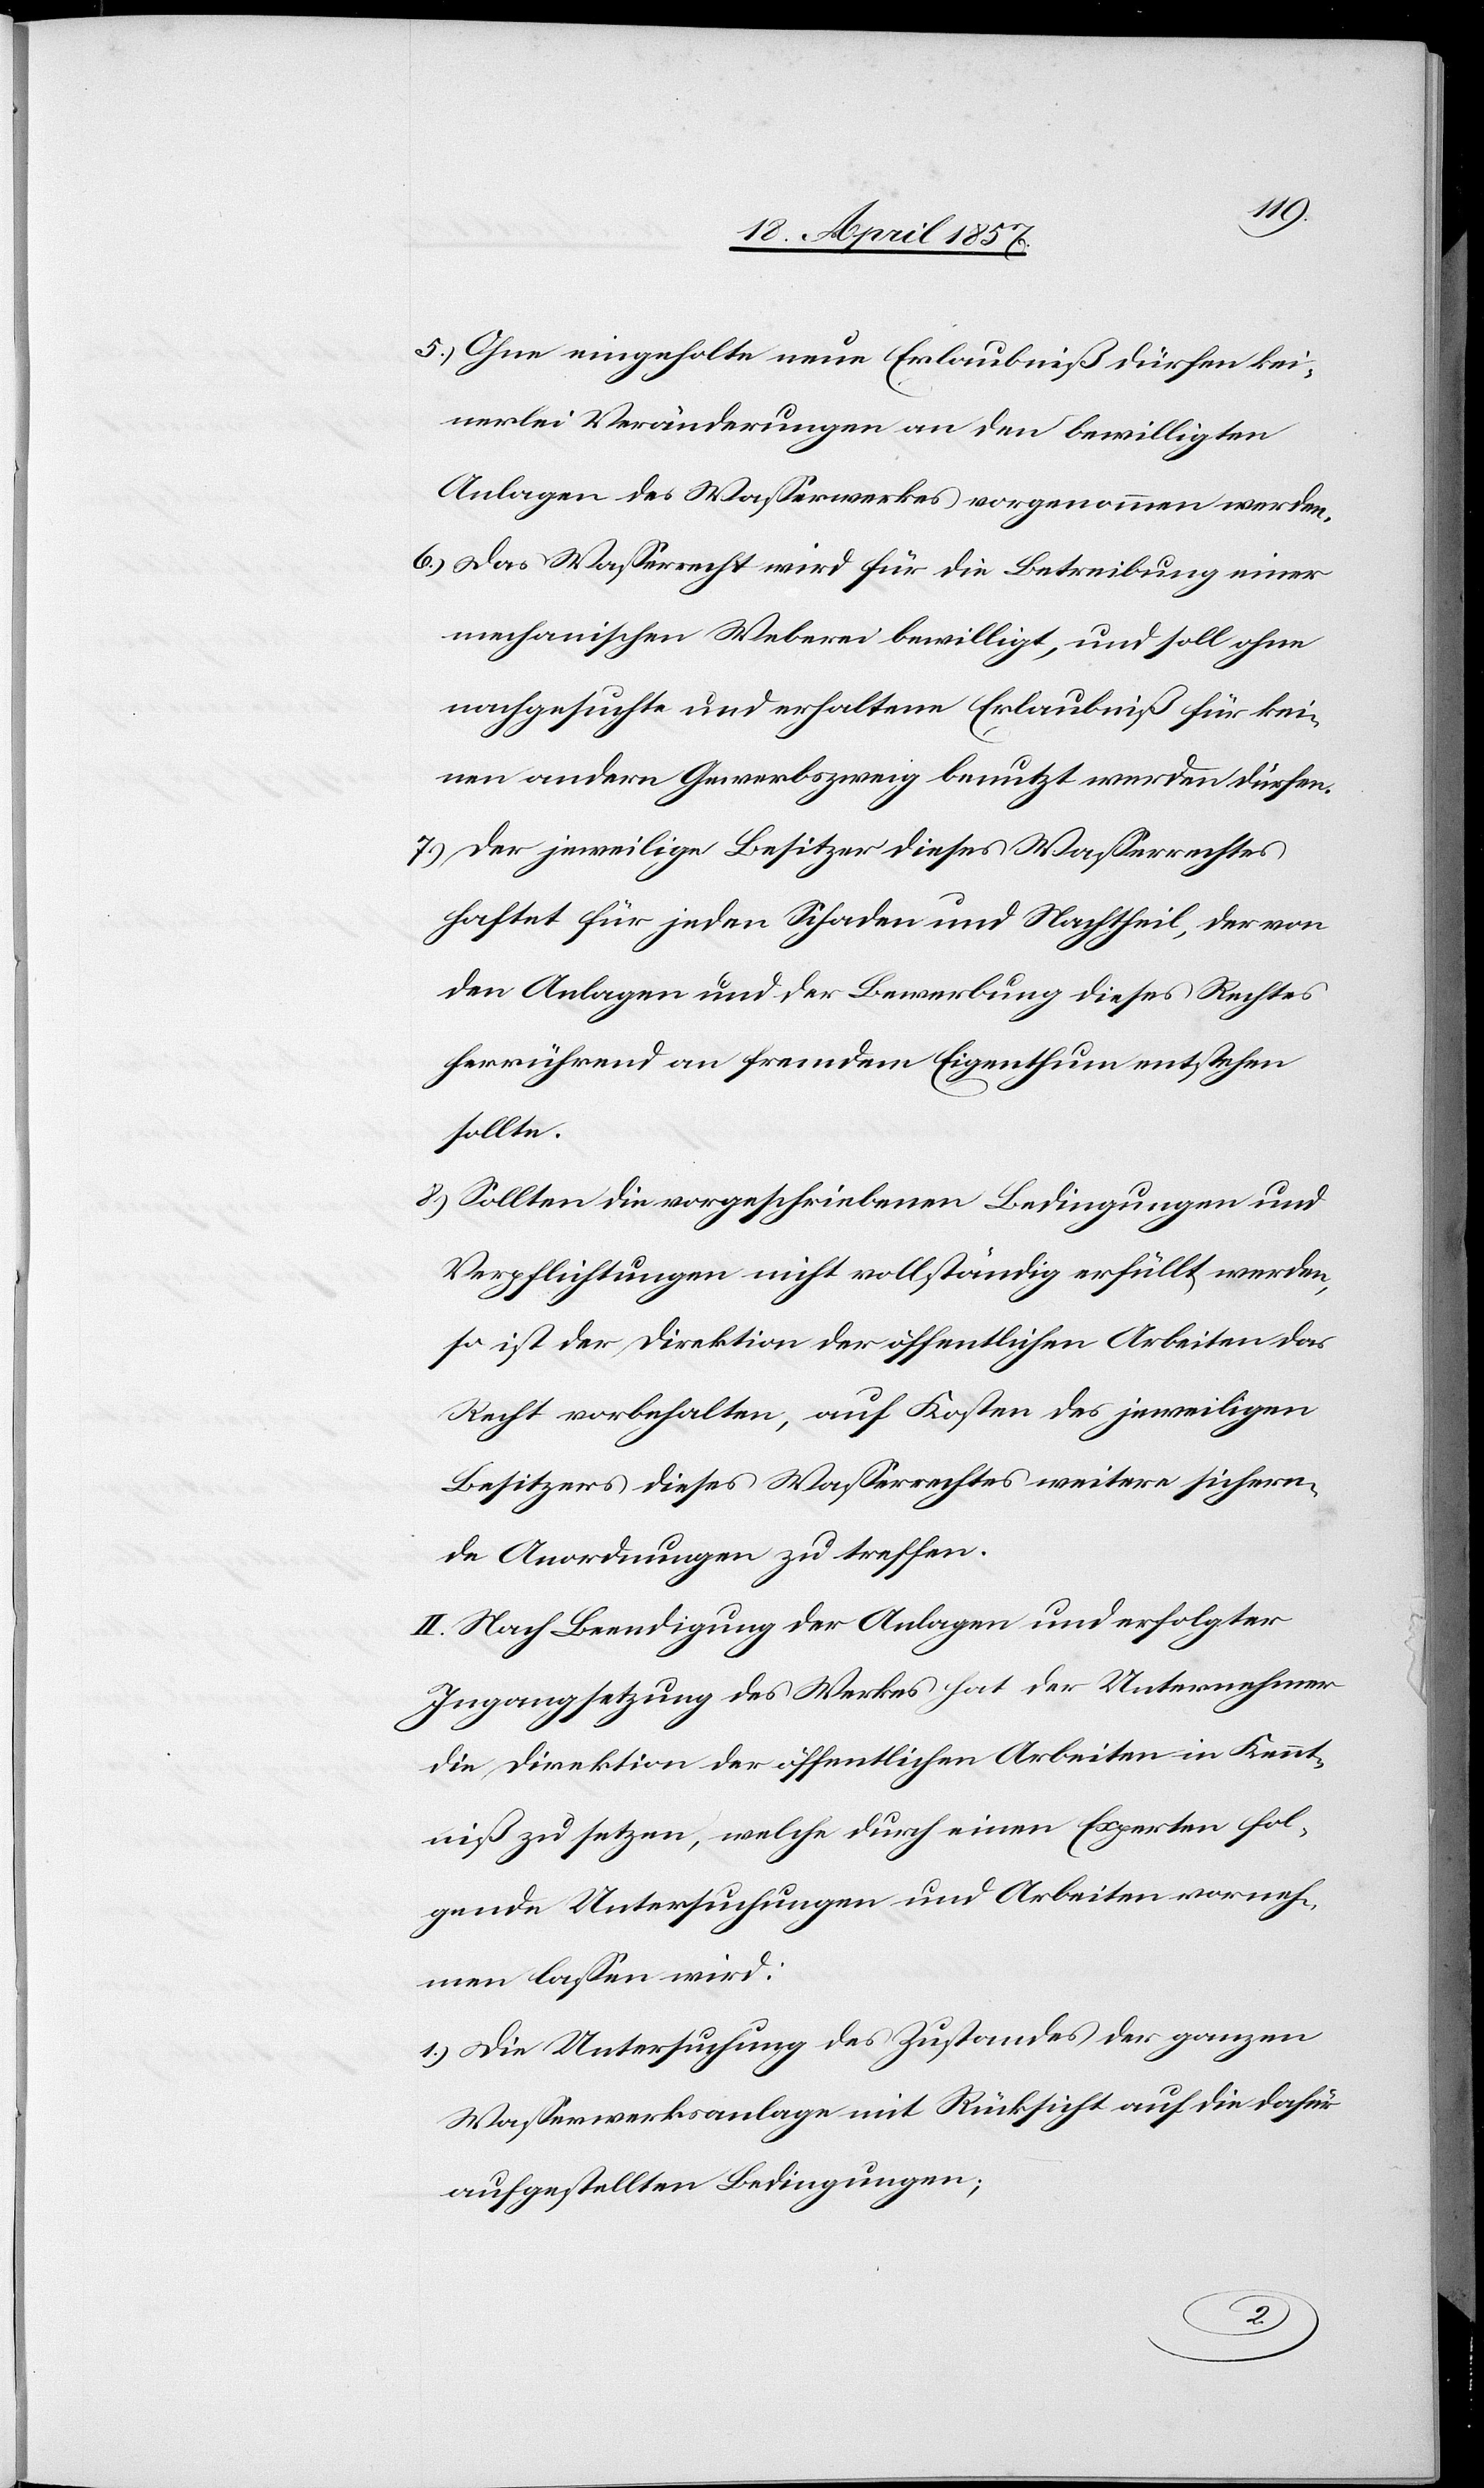
5.) Ohne eingeholte neue Erlaubniß dürfen kei¬
nerlei Veränderungen an den bewilligten
Anlagen des Wasserwerkes vorgenommen werden.
6.) Das Wasserrecht wird für die Betreibung einer
mechanischen Weberei bewilligt, und soll ohne
nachgesuchte und erhaltene Erlaubniß für kei¬
nen andern Gewerbszweig benutzt werden dürfen.
7.) Der jeweilige Besitzer dieses Wasserrechtes
haftet für jeden Schaden und Nachtheil, der von
den Anlagen und der Bewerbung dieses Rechtes
herrührend an fremdem Eigenthum entstehen
sollte.
8.) Sollten die vorgeschriebenen Bedingungen und
Verpflichtungen nicht vollständig erfüllt werden,
so ist der Direktion der öffentlichen Arbeiten das
Recht vorbehalten, auf Kosten des jeweiligen
Besitzers dieses Wasserrechtes weitere sichern¬
de Anordnungen zu treffen.
II. Nach Beendigung der Anlagen und erfolgter
Ingangsetzung des Werkes hat der Unternehmer
die Direktion der öffentlichen Arbeiten in Kennt¬
niß zu setzen, welche durch einen Experten fol¬
gende Untersuchungen und Arbeiten vorneh¬
men lassen wird:
1.) Die Untersuchung des Zustandes der ganzen
Wasserwerksanlage mit Rücksicht auf die dafür
aufgestellten Bedingungen;